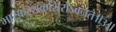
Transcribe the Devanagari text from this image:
भास्करशक्रशिरोऽवनते॥३॥